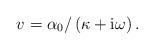
LaTeX: \begin{align*}v= \alpha_0 / \left( \kappa + \mathrm{i} \omega \right).\end{align*}